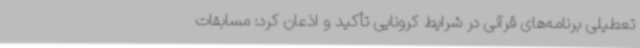
تعطیلی برنامه‌های قرآنی در شرایط کرونایی تأکید و اذعان کرد: مسابقات